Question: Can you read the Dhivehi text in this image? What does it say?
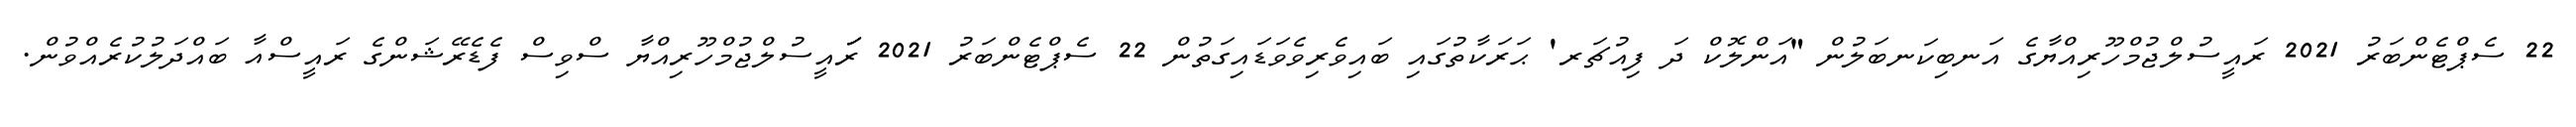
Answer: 22 ސެޕްޓެންބަރު 2021 ރައީސުލްޖުމްހޫރިއްޔާގެ އަނބިކަނބަލުން "އަންލޮކް ދަ ފިއުޗަރ' ޙަރަކާތުގައި ބައިވެރިވެވަޑައިގަތުން 22 ސެޕްޓެންބަރު 2021 ރަަައީސުލްޖުމްހޫރިއްޔާ ސްވިސް ފެޑެރޭޝަންގެ ރައީސްއާ ބައްދަލުކުރެއްވުން.